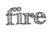
fire